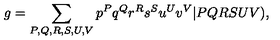
g = \sum _ { P , Q , R , S , U , V } p ^ { P } q ^ { Q } r ^ { R } s ^ { S } u ^ { U } v ^ { V } \vert P Q R S U V ) ,